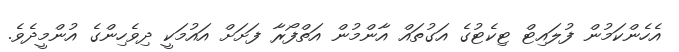
އެހެންކަމުން ފުލައިޓް ޓިކެޓުގެ އަގުތައް އާންމުން އަތްފޯރާ ފަށަށް އައުމަކީ ދިވެހިންގެ އުންމީދެވެ.